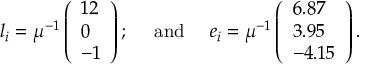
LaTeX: l _ { i } = \mu ^ { - 1 } \left( \begin{array} { l } { { 1 2 } } \\ { { 0 } } \\ { { - 1 } } \end{array} \right) ; ~ ~ ~ ~ \mathrm { a n d } ~ ~ ~ ~ e _ { i } = \mu ^ { - 1 } \left( \begin{array} { l } { { 6 . 8 7 } } \\ { { 3 . 9 5 } } \\ { { - 4 . 1 5 } } \end{array} \right) .